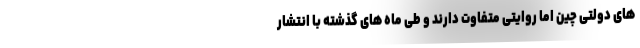
های دولتی چین اما روایتی متفاوت دارند و طی ماه های گذشته با انتشار